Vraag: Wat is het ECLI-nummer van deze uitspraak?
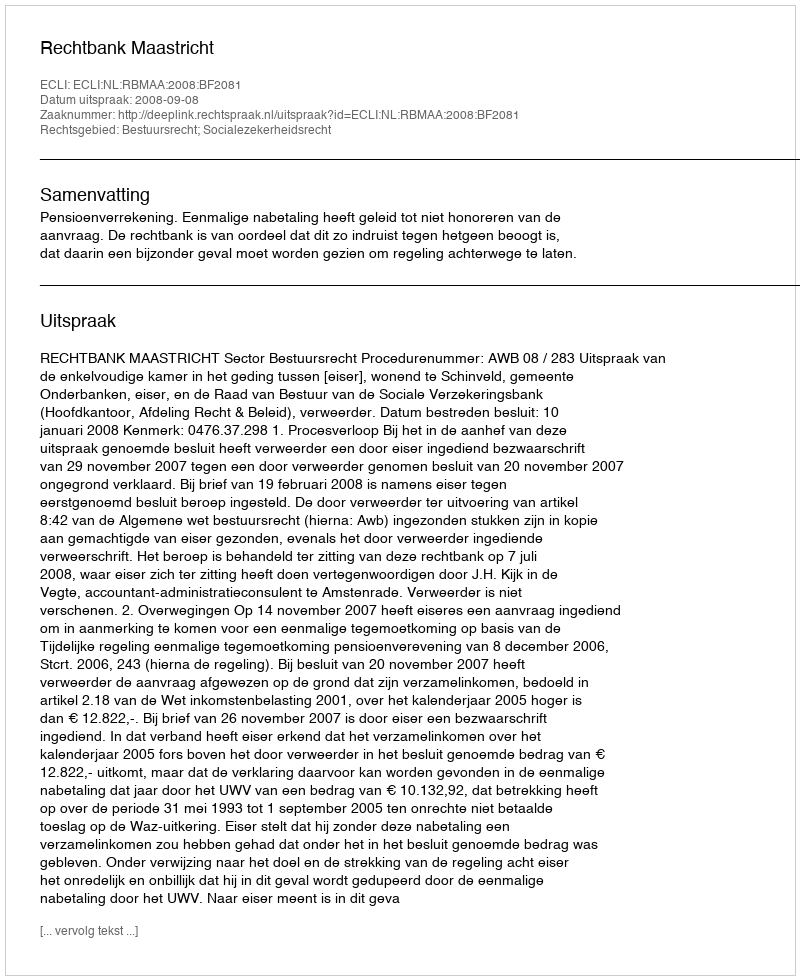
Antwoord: ECLI:NL:RBMAA:2008:BF2081